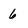
Character: 6